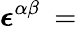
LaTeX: \boldsymbol{\epsilon}^{\alpha\beta}\: =\: